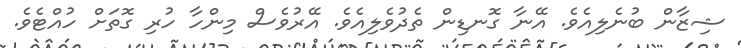
ޝިޒާން ބުނެލިއެވެ. އޭނާ ގޮނޑިން ތެދުވެލިއެވެ. އޭރުވެސް މިންހާ ހުރި ގޮތަށް ހުއްޓެވެ.